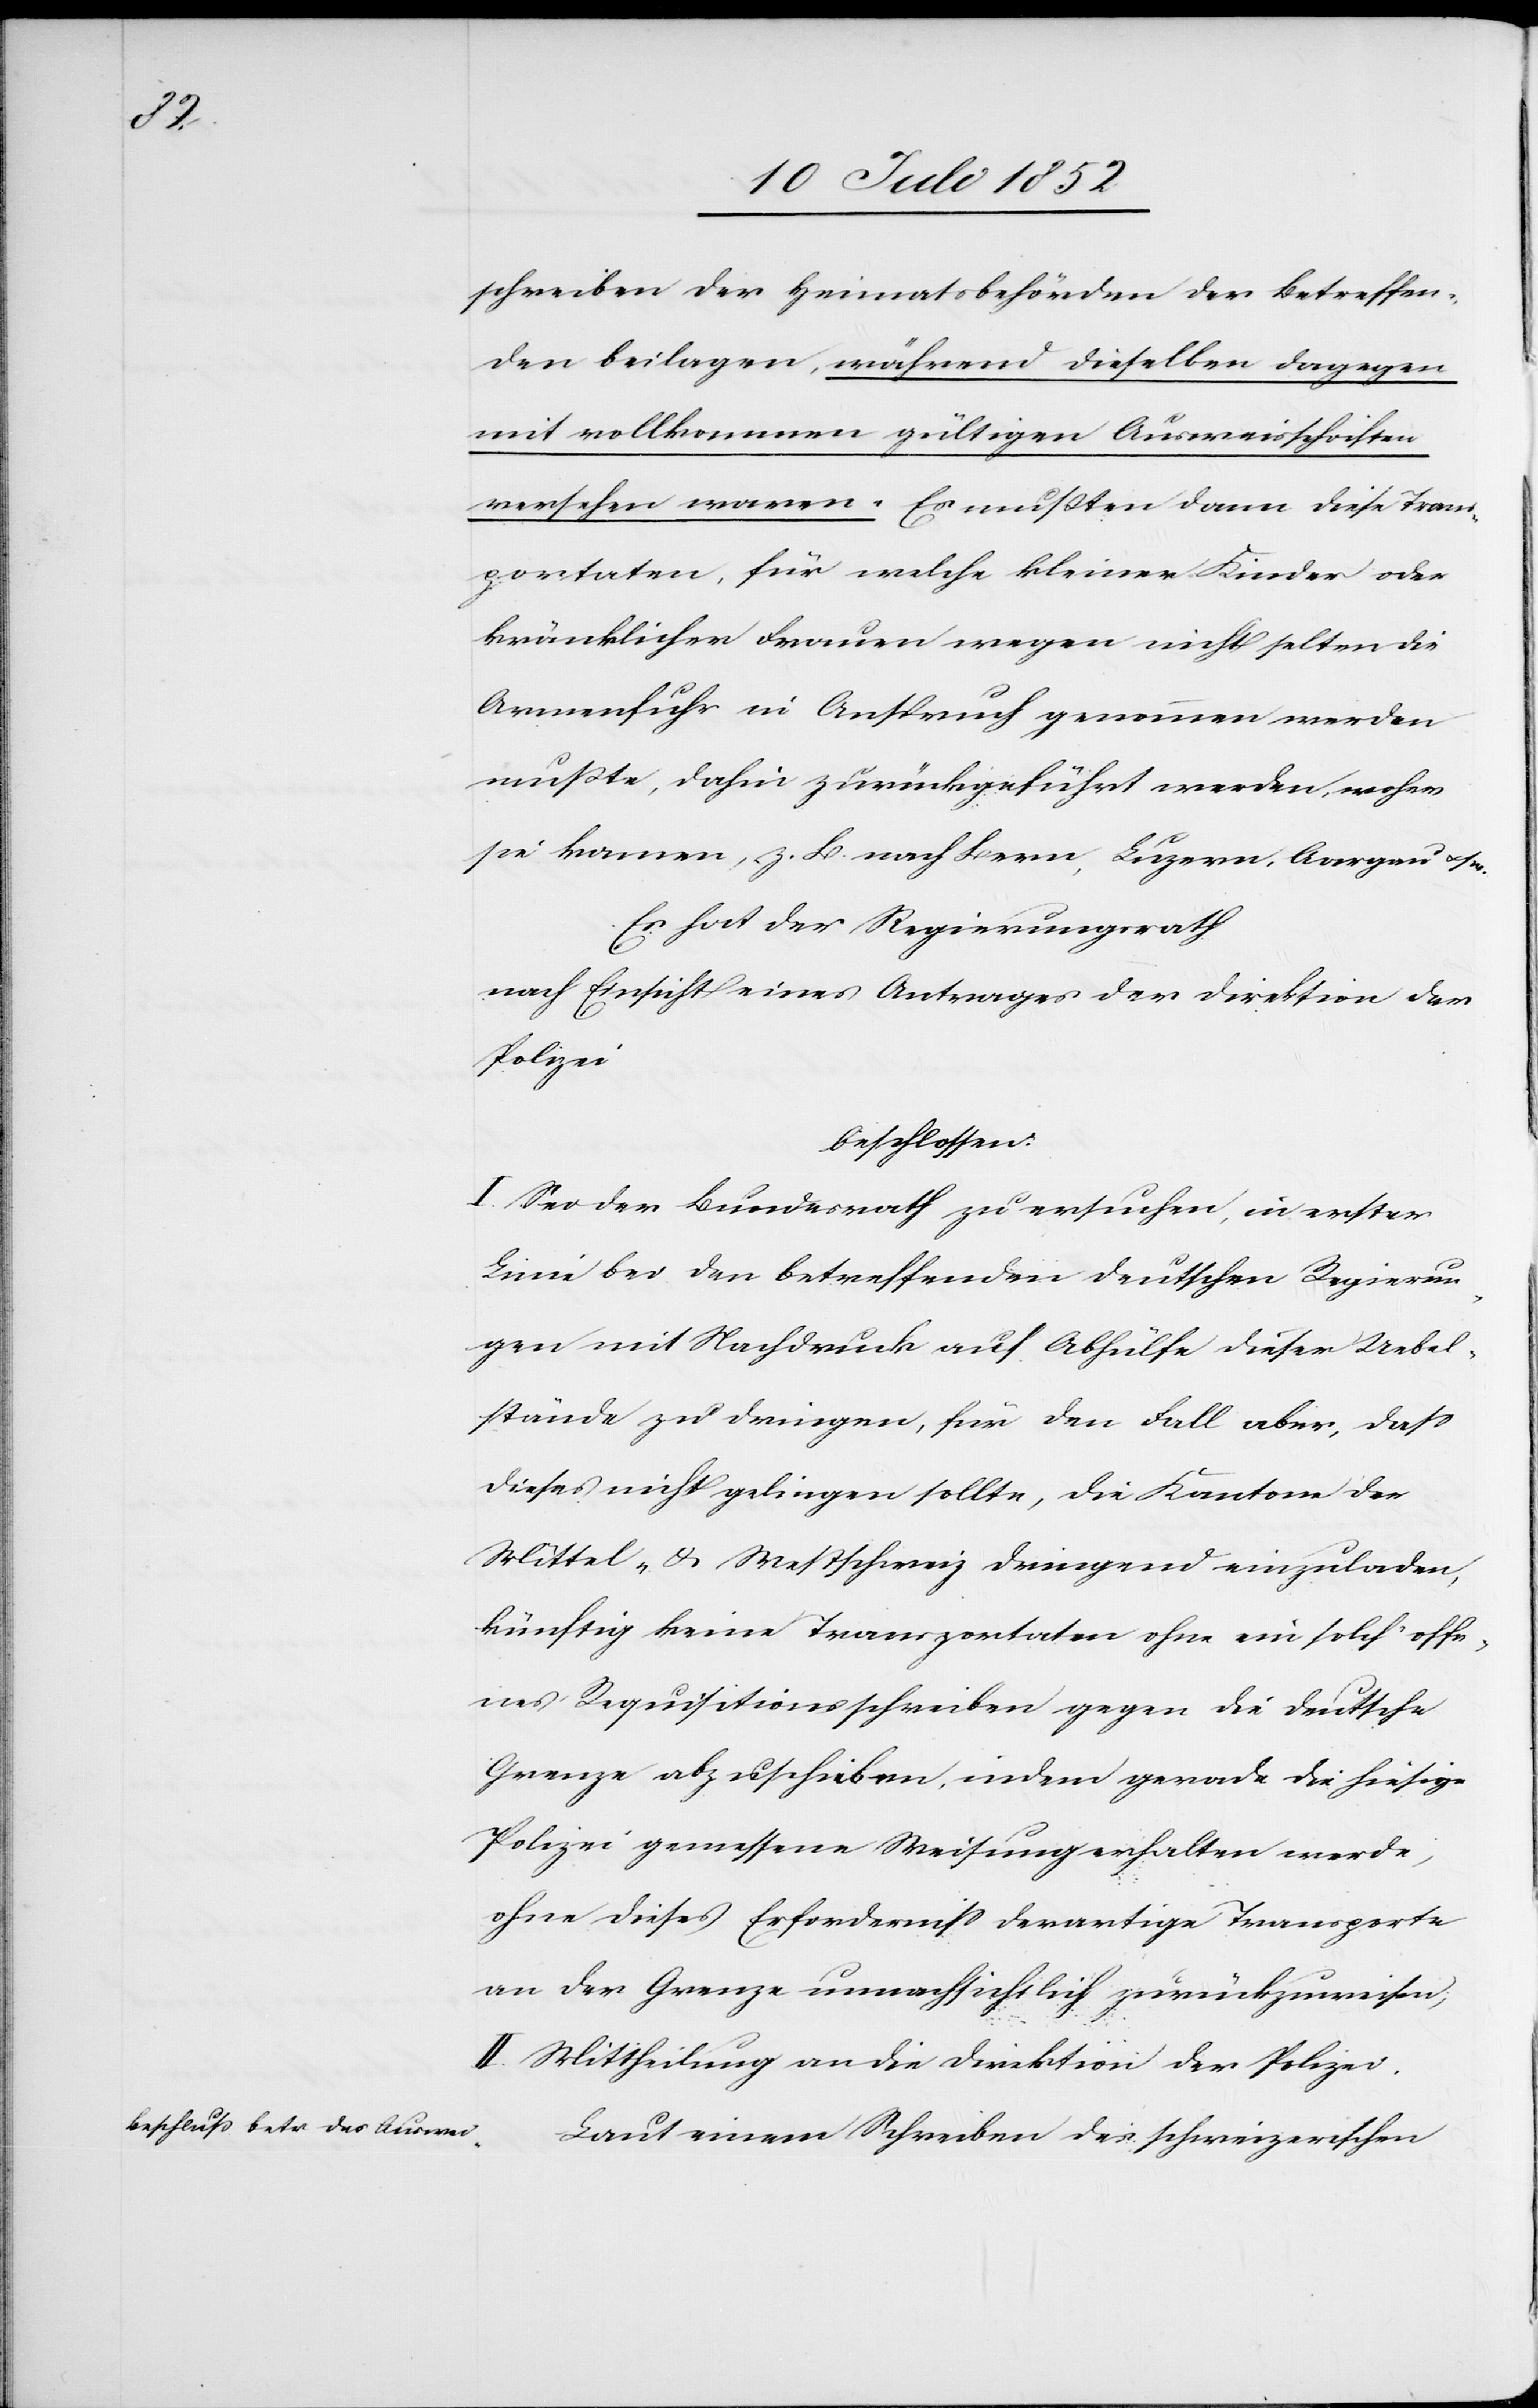
schreiben der Heimatsbehörden der Betreffen¬
den beilagen, während dieselben dagegen
mit vollkommen gültigen Ausweisschriften
versehen waren. Es mußten dann diese Trans¬
portaten, für welche kleiner Kinder oder
kränklicher Frauen wegen nicht selten die
Armenfuhr in Anspruch genommen werden
mußte, dahin zurückgeführt werden, woher
sie kamen, z. B. nach Bern, Luzern, Aargau & s
Es hat der Regierungsrath
nach Einsicht eines Antrages der Direktion der
Polizei
beschlossen:
I. Sei der Bundesrath zu ersuchen, in erster
Linie bei den betreffenden deutschen Regierun¬
gen mit Nachdruck auf Abhülfe dieser Uebel¬
stände zu dringen, für den Fall aber, dass
dieses nicht gelingen sollte, die Kantone der
Mittel- & Westschweiz dringend einzuladen,
künftig keine Transportaten ohne ein solch‘ offe¬
nes Requisitionsschreiben gegen die deutsche
Grenze abzuschieben, indem gerade die hiesige
Polizei gemessene Weisung erhalten werde,
ohne dieses Erforderniss derartige Transporte
an der Grenze unnachsichtlich zurückzuweisen;
II. Mittheilung an die Direktion der Polizei.
Laut einem Schreiben des schweizerischen